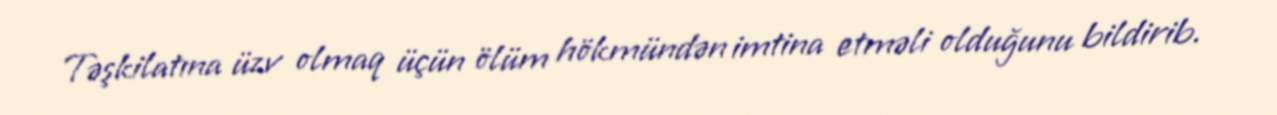
Təşkilatına üzv olmaq üçün ölüm hökmündən imtina etməli olduğunu bildirib.